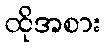
ထိုအစား